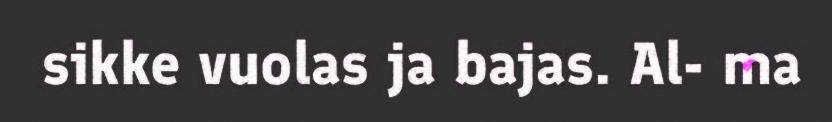
sikke vuolas ja bajas. Al- ma